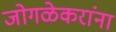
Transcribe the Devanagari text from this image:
जोगळेकरांना